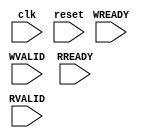
module speed_tester(
	input clk,
	input reset,

	input		WREADY,
	input       WVALID,

	input		RREADY,
	input       RVALID
	);
	
	(* mark_debug = "true" *)reg [31:0] sec_cnt;
	(* mark_debug = "true" *)reg [31:0] wr_cnt;
	(* mark_debug = "true" *)reg [31:0] rd_cnt;
	(* mark_debug = "true" *)reg [31:0] wr_speed;
	(* mark_debug = "true" *)reg [31:0] rd_speed;

	(* mark_debug = "true" *)wire sec_tick;

	assign sec_tick = sec_cnt == 32'd300_120_000;

	always @(posedge clk)
	begin
		if(reset || (sec_cnt == 32'd300_120_000))
			sec_cnt <= 32'h0;
		else
			sec_cnt <= sec_cnt + 32'h01;
	end

	always @(posedge clk)
	begin
		if(reset || sec_tick)
			wr_cnt <= 32'h0;
		else if(WREADY && WVALID)
			wr_cnt <= wr_cnt + 32'h01;
	end

	always @(posedge clk)
	begin
		if(reset || sec_tick)
			rd_cnt <= 32'h0;
		else if(RREADY && RVALID)
			rd_cnt <= rd_cnt + 32'h01;
	end

	always @(posedge clk)
	begin
		if(reset)
			wr_speed <= 32'h0;
		else if(sec_tick)
			wr_speed <= wr_cnt * 8;
	end

	always @(posedge clk)
	begin
		if(reset)
			rd_speed <= 32'h0;
		else if(sec_tick)
			rd_speed <= rd_cnt * 8;
	end

endmodule